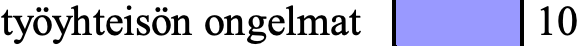
työyhteisön ongelmat 10